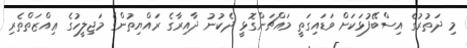
މި ދަތުރުގެ އިސްބޭފުޅަކަށް ވަޑައިގަތީ މައްޗަންގޮޅީ ދެކުނު ދާއިރާގެ ރައްޔިތުންގެ މަޖިލީހުގެ ޢިއްޒަތްތެރި